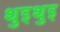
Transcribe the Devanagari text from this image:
थुइथुइ